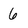
Character: 6